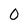
Character: 0